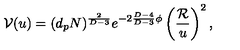
{ \cal V } ( u ) = ( d _ { p } N ) ^ { \frac { 2 } { D - 3 } } e ^ { - 2 { \frac { D - 4 } { D - 3 } } \phi } \left( { \frac { \cal R } { u } } \right) ^ { 2 } ,